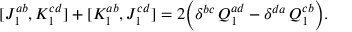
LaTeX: [ J _ { 1 } ^ { a b } , K _ { 1 } ^ { c d } ] + [ K _ { 1 } ^ { a b } , J _ { 1 } ^ { c d } ] = 2 \Bigl ( \delta ^ { b c } \, Q _ { 1 } ^ { a d } - \delta ^ { d a } \, Q _ { 1 } ^ { c b } \Bigr ) .